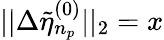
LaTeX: ||\Delta\tilde{\eta}_{n_{p}}^{(0)}||_{2}=x